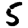
Digit: 5